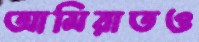
আমিরাতও